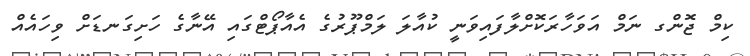
ކިމް ޖޮންގ ނަމް އަވަހާރަކޮށްލާފައިވަނީ ކުއާލަ ލަމްޕޫރުގެ އެއާޕޯޓްގައި އޭނާގެ ހަށިގަނޑަށް ވިހައެއް